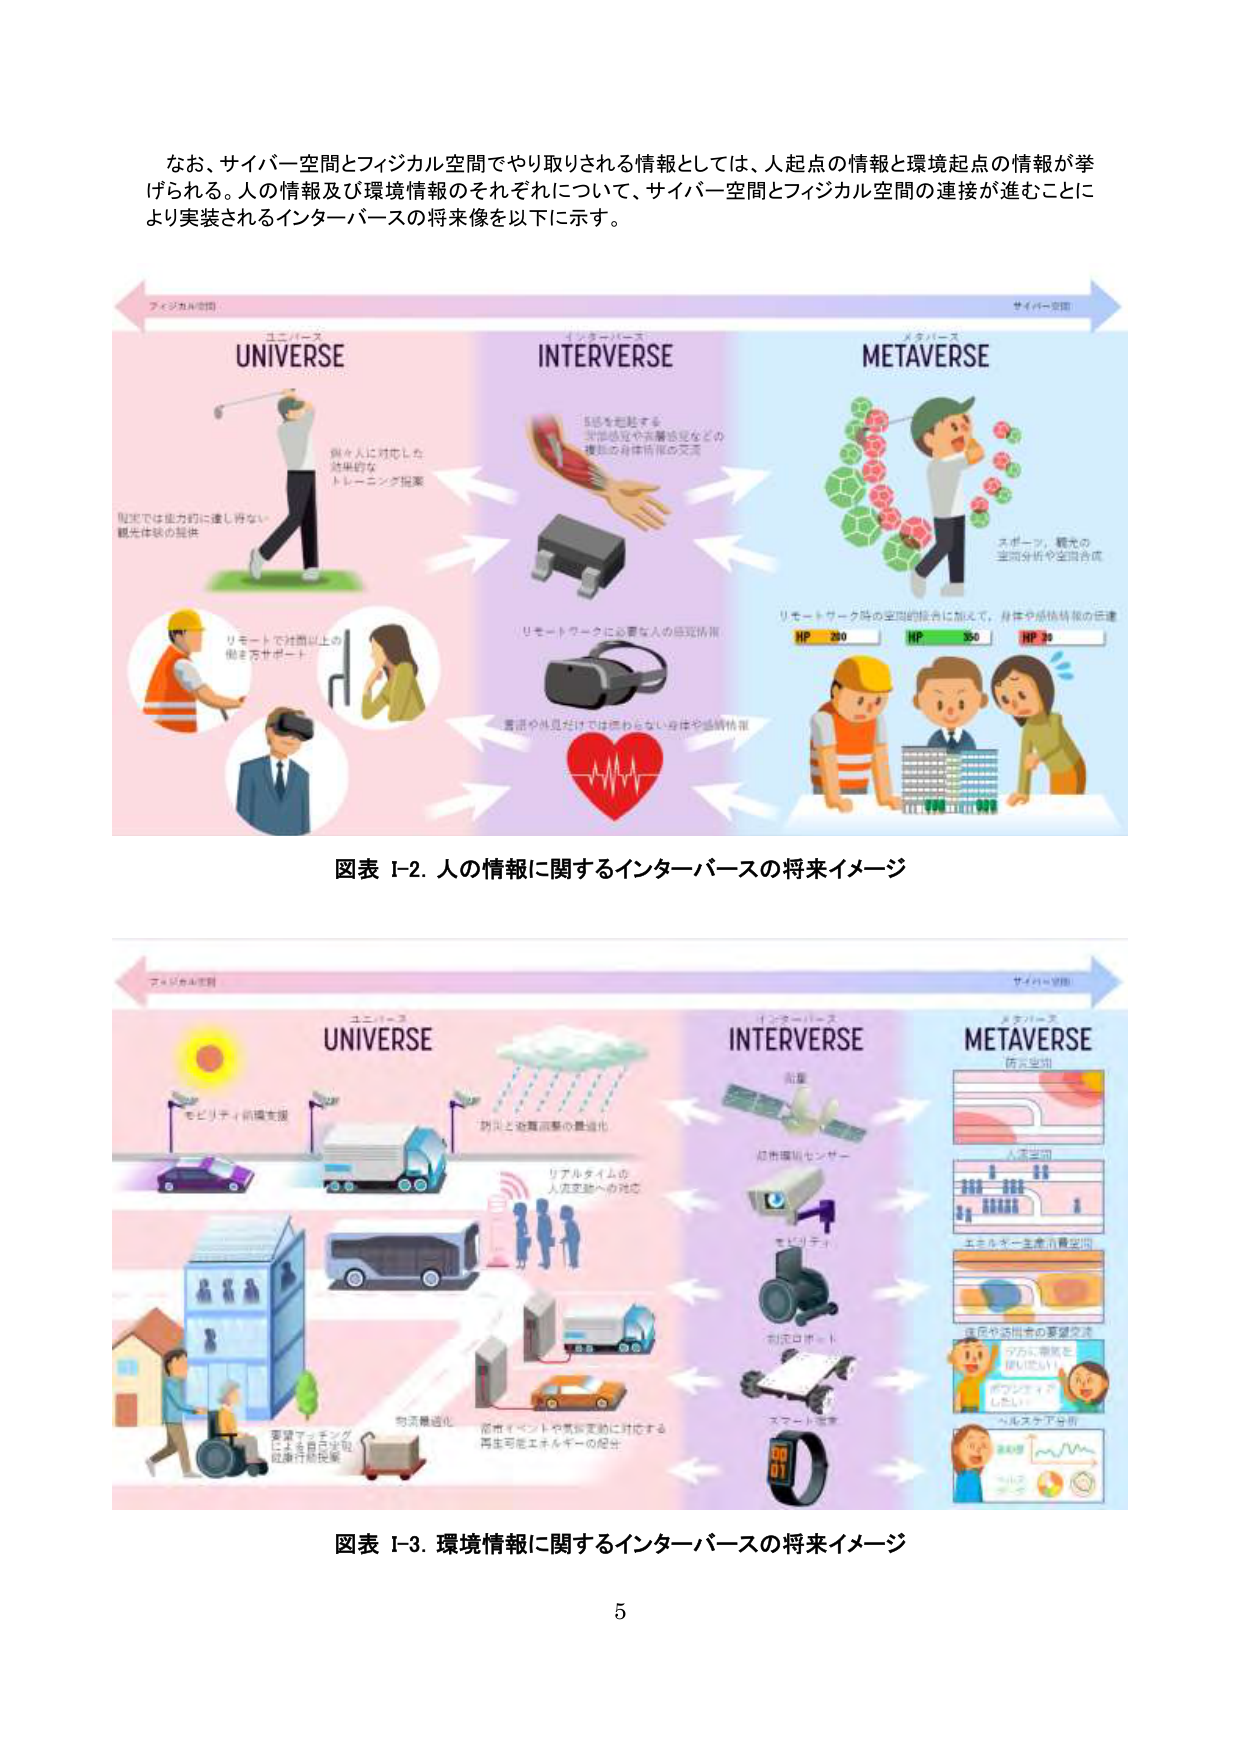
なお、サイバー空間とフィジカル空間でやり取りされる情報としては、人起点の情報と環境起点の情報が挙げられる。人の情報及び環境情報のそれぞれについて、サイバー空間とフィジカル空間の連接が進むことにより実装されるインターバースの将来像を以下に示す。

フィジカル空間
ユニバース
UNIVERSE
個々人に対応した
効果的な
トレーニング提案
現実では能力的に達し得ない
観光体験の提供
リモートで対面以上の
働き方サポート

インターバース
INTERVERSE
5感を超越する
実感感覚や共感感覚などの
複雑な身体情報の交流
リモートワークに必要な人的感覚情報
言語や見えだけでは得られない身体や感情情報

メタバース
METaverse
スポーツ、観光の
空間分析や空間合成
リモートワーク時の空間的結合に加えて、身体や感情情報の伝達
HP 230
HP 350
HP 35

サイバー空間

図表 I-2. 人の情報に関するインターバースの将来イメージ

フィジカル空間
ユニバース
UNIVERSE
モビリティ領域支援
防災と避難誘導の最適化
リアルタイムの
人流変動への対応
物流最適化
災害イベントや気候変動に対応する
再生可能エネルギーの配分
要員マッチング
による自己学習
設備行動提案

インターバース
INTERVERSE
衛星
超広域センサー
ビデオ
制御ロボット
スマート家電

メタバース
METaverse
防災空間
人流空間
エネルギー生産消費空間
住民や訪問者の要望交流
「今、事故を
防いでいます」
ポジショニング
ヘルスケア分析

サイバー空間

図表 I-3. 環境情報に関するインターバースの将来イメージ

5